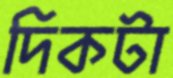
দিকটা